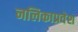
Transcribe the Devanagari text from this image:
नलिकाप्रवेश